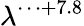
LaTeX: \lambda^{\cdots+7.8}